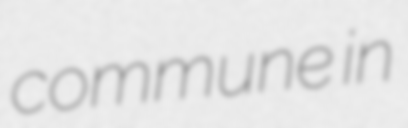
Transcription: commune in